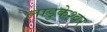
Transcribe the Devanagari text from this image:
लाडुकेश्वर